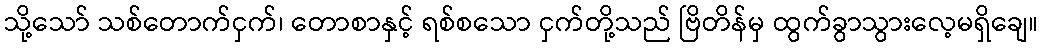
သို့သော် သစ်တောက်ငှက်၊ တောစာနှင့် ရစ်စသော ငှက်တို့သည် ဗြိတိန်မှ ထွက်ခွာသွားလေ့မရှိချေ။